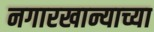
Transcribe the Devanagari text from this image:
नगारखान्याच्या